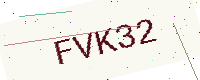
Text: FVK32